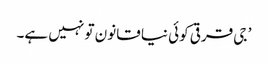
’ جی قرقی کوئی نیا قانون تو نہیں ہے۔